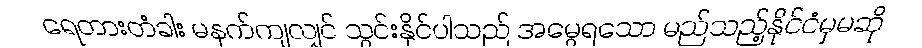
ရေတားတံခါး မနက်ကျလျှင် သွင်းနိုင်ပါသည် အမွေရသော မည်သည့်နိုင်ငံမှမဆို